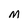
Character: M